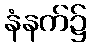
နံနက်၌